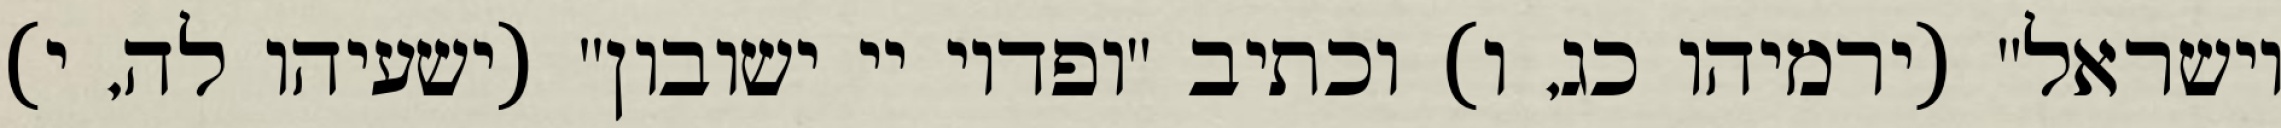
וישראל" (ירמיהו כג, ו) וכתיב "ופדוי יי ישובון" (ישעיהו לה, י)